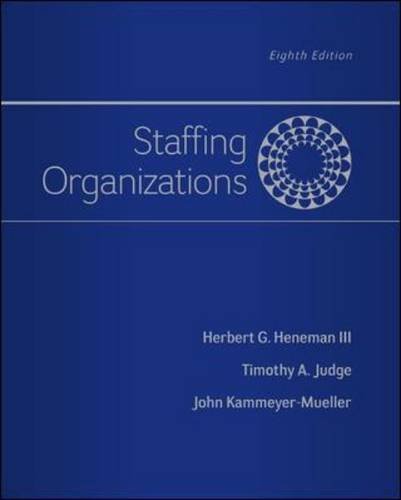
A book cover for Staffing Organizations; Herbert Heneman III; Business & Money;